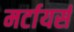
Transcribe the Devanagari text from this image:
मर्टायर्स